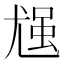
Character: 𪨈